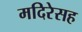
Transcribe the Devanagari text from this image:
मदिरेसह